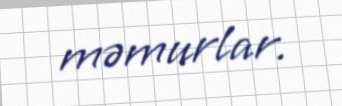
məmurlar.